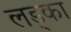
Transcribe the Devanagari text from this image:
लड्का